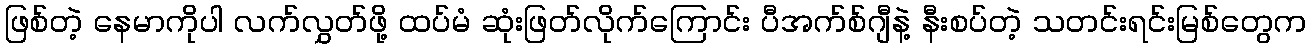
ဖြစ်တဲ့ နေမာကိုပါ လက်လွှတ်ဖို့ ထပ်မံ ဆုံးဖြတ်လိုက်ကြောင်း ပီအက်စ်ဂျီနဲ့ နီးစပ်တဲ့ သတင်းရင်းမြစ်တွေက